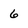
Character: 6